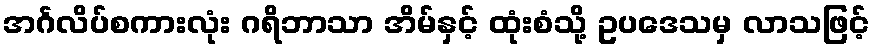
အင်္ဂလိပ်စကားလုံး ဂရိဘာသာ အိမ်နှင့် ထုံးစံသို့ ဥပဒေသမှ လာသဖြင့်